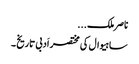
ناصر ملک...
ساہیوال کی مختصر اَدبی تاریخ ۔